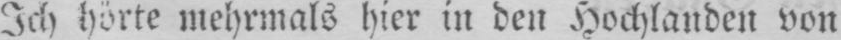
Ich hörte mehrmals hier in den Hochlanden von